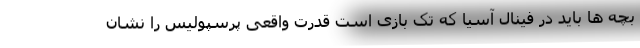
بچه ها باید در فینال آسیا که تک بازی است قدرت واقعی پرسپولیس را نشان